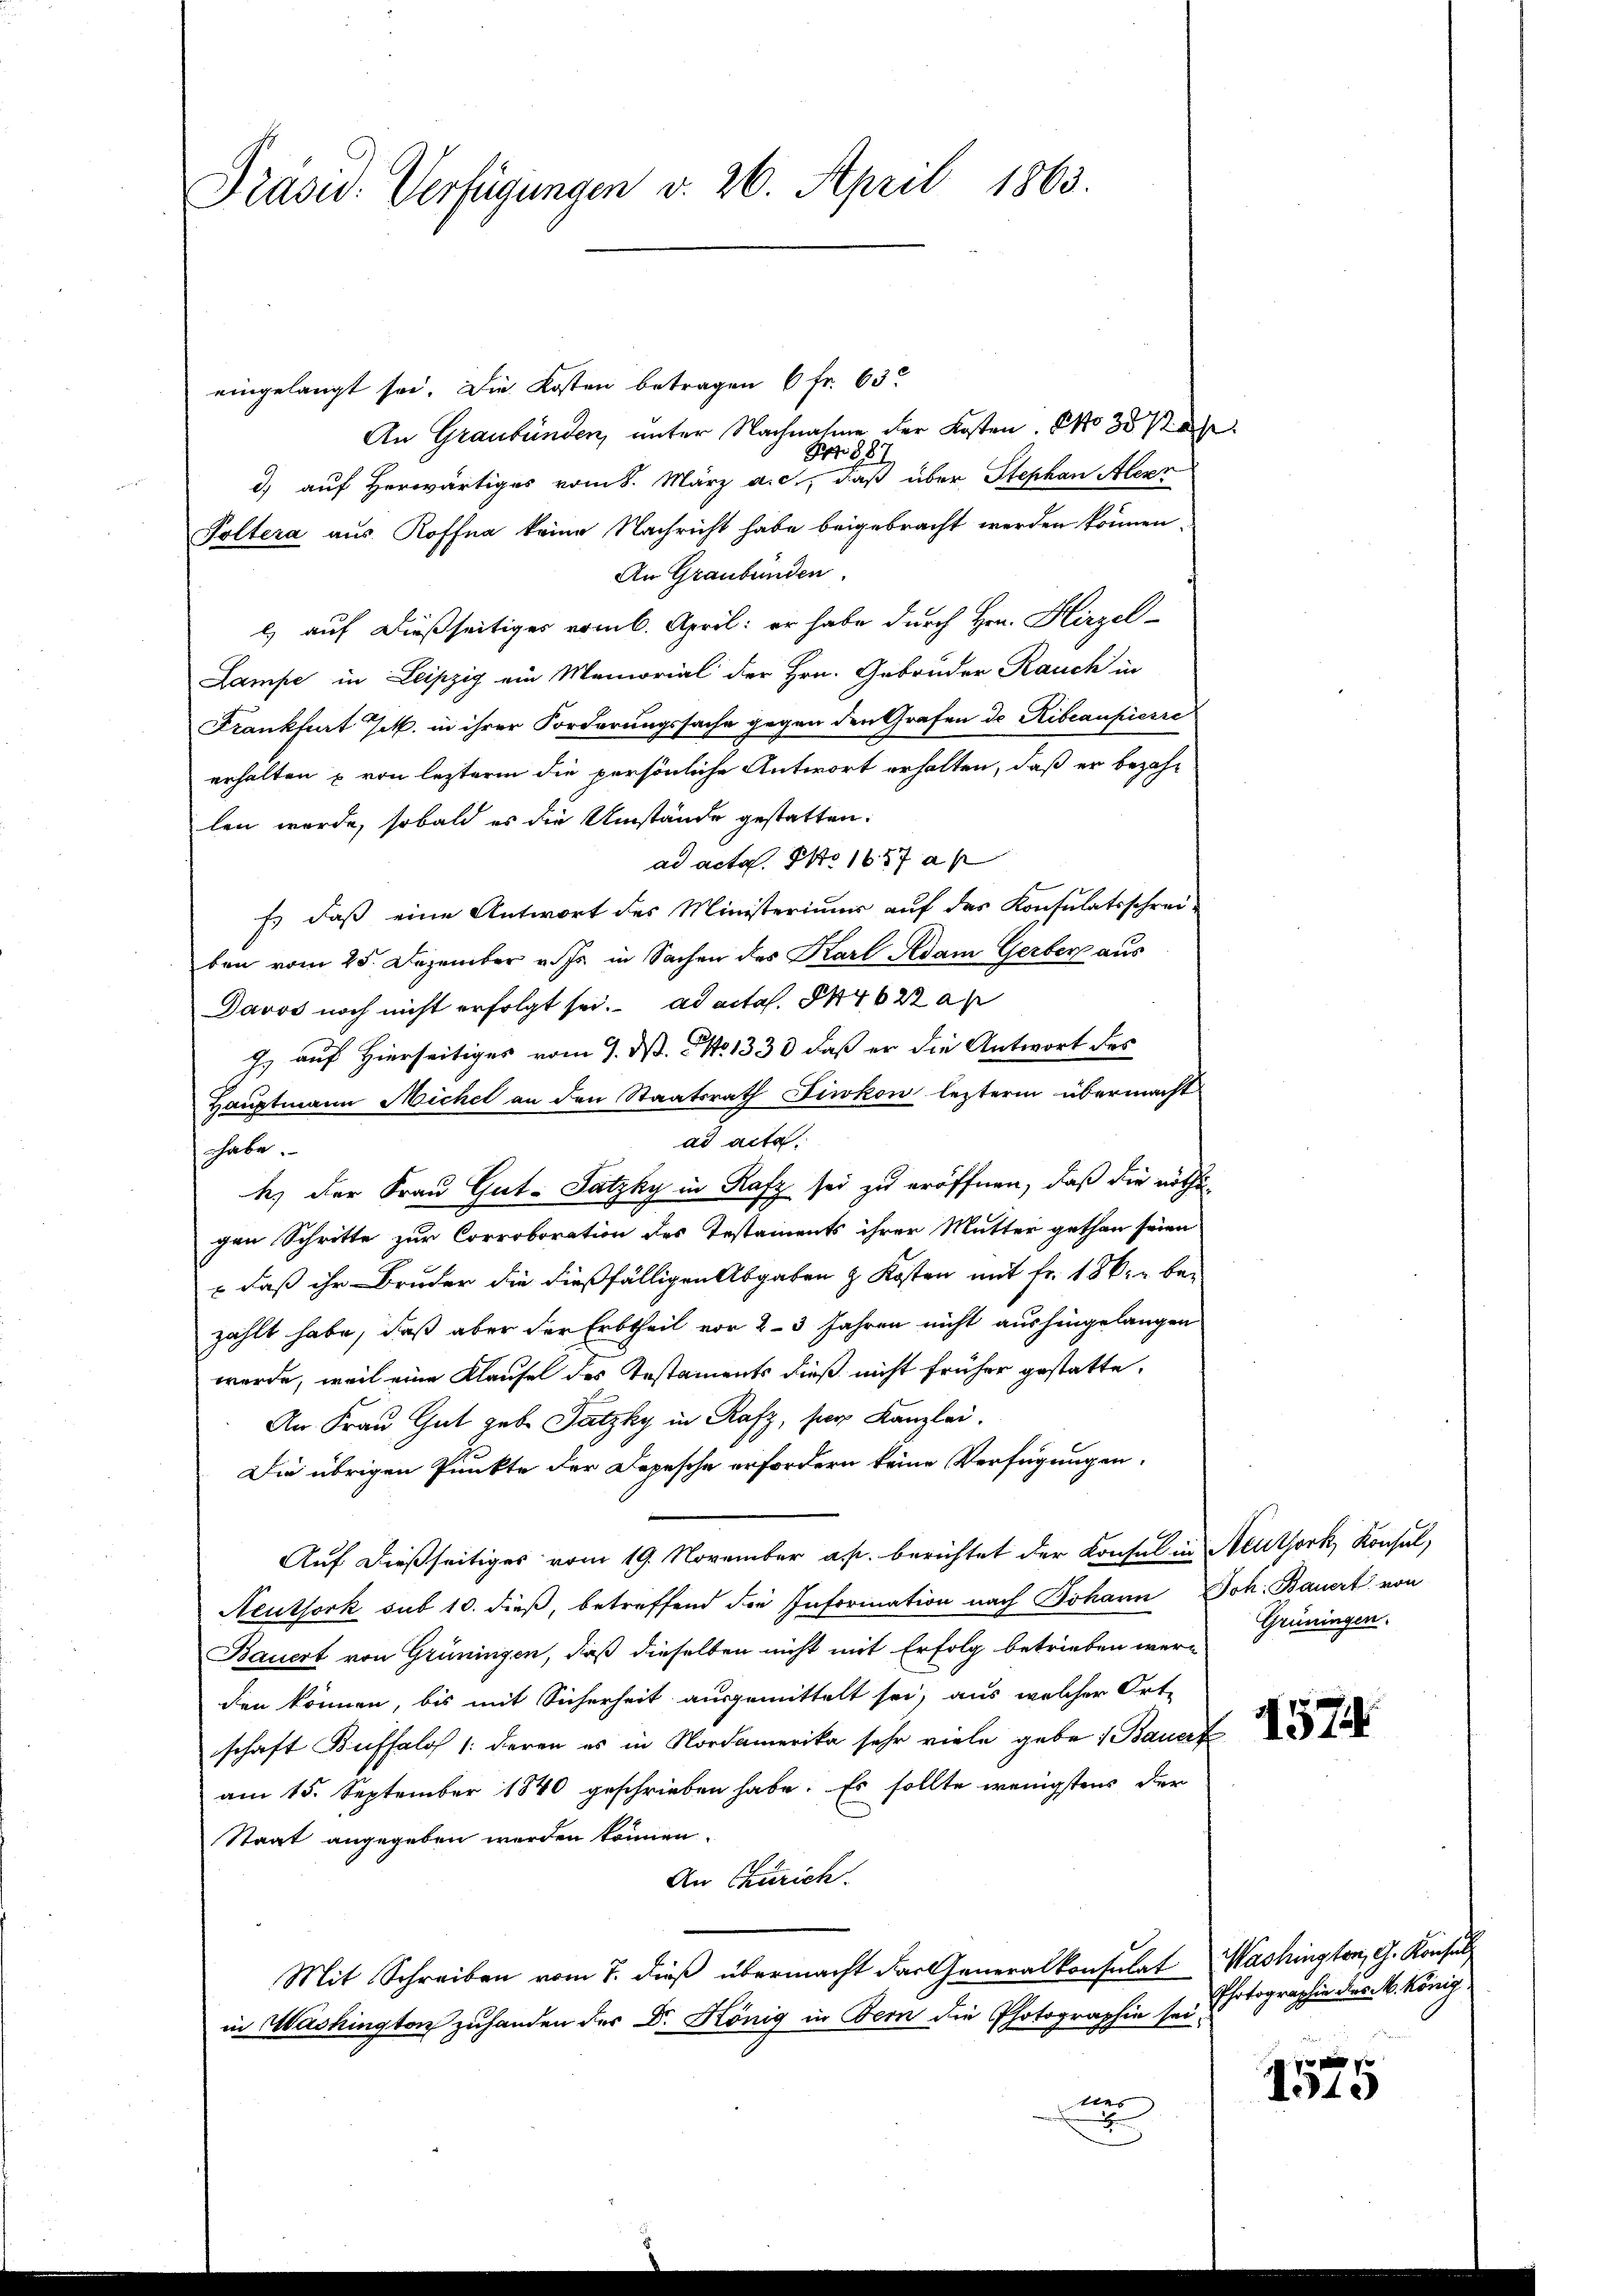
Präsid. Verfügungen v. 26. April 1863.

eingelangt sei. Die Kosten betragen 6 fr. 63
An Graubünden, unter Nachnahme der Kosten. No 35 Jah
Pr. 287.
d) auf Herwärtiges vom 8. März a. c., daß über Stephan Alexr
Poltera aus Roffna keine Nachricht habe beigebracht werden können.
An Graubünden.
l) auf dießseitiges vom 6. April: er habe durch Hrn. Hirzel
Lampe in Leipzig ein Memorial der Hrn. Gebrüder Rauch in
Frankfurt Jak. in ihrer Forderungssache gegen den Grafen de Ribeaupierre
erhalten & von lezterm die persönliche Antwort erhalten, daß er bezahlen werde, sobald es die Umstände gestatten.
ad acta. So 16. 57 a
Es daß eine Antwort des Ministerium auf das Konsulatsschrei-
ben vom 25. Dezember v. Js. in Sachen des Karl Adam Gerber aus
Davos noch nicht erfolgt sei. ad acta. 844622 a
J. auf Hierseitiges vom 7. J. No 1333 daß er die Antwort des
Hauptmann Michel an den Staatsrath Fiwkow lezterm übermacht
ad acta
habe.
h. der Frau Gut-Satzky in Rafz sei zu eröffnen, daß die nöthigen Schritte zur Corroboration des Testaments ihrer Mutter gethan seien
= daß ihr Bruder die dießfälligen Abgaben & Kosten mit Fr. 18 kr bezählt habe, daß aber der Erbtheil vor 2-3 Jahren nicht aushingelangen
werde, weil eine Klaufe des Testaments dieß nicht früher gestatte.
An Frau Gut gebe Satzky in Rafz, ser Kanzlei.
Die übrigen Punkte der Depesche erfordern keine Verfügungen.
Auf dießseitiges vom 19. November a. p. berichtet der Konsul in Neuthork, Konsul,
Neuthork sub 10. dieß, betreffend die Information nach Johann Joh. Bauert von
Bauert von Grüningen, daß dieselben nicht mit Erfolg betrieben wer-Grüningen.
den können, bis mit Sicherheit ausgemittelt sei, aus welcher Ort-
schaft Buffalo /: deren es in Nordamerika sehr viele gebe 1 Bauert
am 15. September 1840 geschrieben habe. Es sollte wenigstens der
Staat angegeben werden können.
An Curich.
Mit Schreiben vom 7. dieß übermacht das Generalkonsulat Washingten, G. Konsul
in Washington zuhanden der Dr. König in Bern die Photographie sei hotographie des M. König.
A

4574.

¬
1340